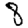
Digit: 8